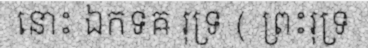
នោះ ឯកទឝ រុទ្រ ( ព្រះរុទ្រ